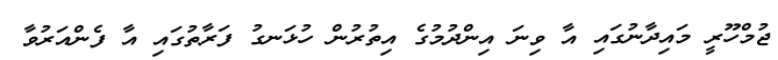
ޖުމްހޫރީ މައިދާނުގައި އާ ވިނަ އިންދުމުގެ އިތުރުން ހުޅަނގު ފަރާތުގައި އާ ފެންއަރުވާ